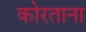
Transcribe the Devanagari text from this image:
कोरताना